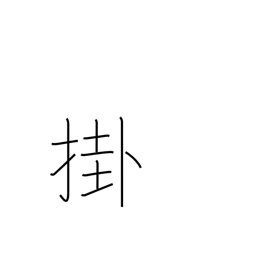
Meaning: arrive at